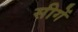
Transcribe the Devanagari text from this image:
सीगें